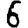
Digit: 6